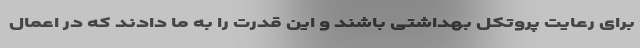
برای رعایت پروتکل بهداشتی باشند و این قدرت را به ما دادند که در اعمال